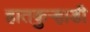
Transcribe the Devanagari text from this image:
हातकुर्‍हाडी